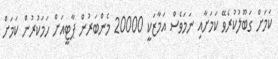
ކަަމަށް ގަބޫލުކުރެވޭ ކަމަށާއި ނަމަވެސް އަމާޒަކީ 20000 މެންބަރުން ޕާޓީއަށް ހަމަކުރުން ކަމަށް